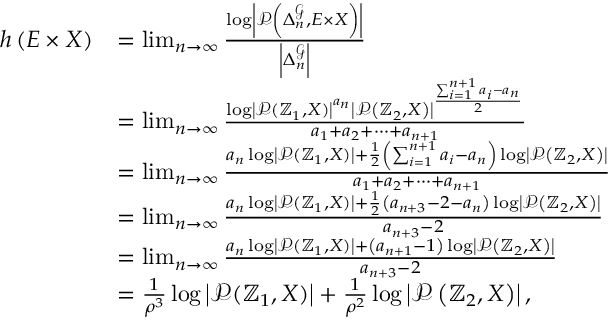
\begin{array} { r l } { h \left( E \times X \right) } & { = \operatorname* { l i m } _ { n \to \infty } \frac { \log \left| \mathcal { P } \left( \Delta _ { n } ^ { \mathcal { G } } , E \times X \right) \right| } { \left| \Delta _ { n } ^ { \mathcal { G } } \right| } } \\ & { = \operatorname* { l i m } _ { n \to \infty } \frac { \log \left| \mathcal { P } ( \mathbb { Z } _ { 1 } , X ) \right| ^ { a _ { n } } \left| \mathcal { P } \left( \mathbb { Z } _ { 2 } , X \right) \right| ^ { \frac { \sum _ { i = 1 } ^ { n + 1 } a _ { i } - a _ { n } } { 2 } } } { a _ { 1 } + a _ { 2 } + \cdots + a _ { n + 1 } } } \\ & { = \operatorname* { l i m } _ { n \to \infty } \frac { a _ { n } \log \left| \mathcal { P } ( \mathbb { Z } _ { 1 } , X ) \right| + \frac { 1 } { 2 } \left( \sum _ { i = 1 } ^ { n + 1 } a _ { i } - a _ { n } \right) \log \left| \mathcal { P } \left( \mathbb { Z } _ { 2 } , X \right) \right| } { a _ { 1 } + a _ { 2 } + \cdots + a _ { n + 1 } } } \\ & { = \operatorname* { l i m } _ { n \to \infty } \frac { a _ { n } \log \left| \mathcal { P } ( \mathbb { Z } _ { 1 } , X ) \right| + \frac { 1 } { 2 } \left( a _ { n + 3 } - 2 - a _ { n } \right) \log \left| \mathcal { P } \left( \mathbb { Z } _ { 2 } , X \right) \right| } { a _ { n + 3 } - 2 } } \\ & { = \operatorname* { l i m } _ { n \to \infty } \frac { a _ { n } \log \left| \mathcal { P } ( \mathbb { Z } _ { 1 } , X ) \right| + \left( a _ { n + 1 } - 1 \right) \log \left| \mathcal { P } \left( \mathbb { Z } _ { 2 } , X \right) \right| } { a _ { n + 3 } - 2 } } \\ & { = \frac { 1 } { \rho ^ { 3 } } \log \left| \mathcal { P } ( \mathbb { Z } _ { 1 } , X ) \right| + \frac { 1 } { \rho ^ { 2 } } \log \left| \mathcal { P } \left( \mathbb { Z } _ { 2 } , X \right) \right| , } \end{array}